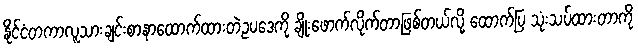
နိုင်ငံတကာလူသားချင်းစာနာထောက်ထားတဲ့ဥပဒေကို ချိုးဖောက်လိုက်တာဖြစ်တယ်လို့ ထောက်ပြ သုံးသပ်ထားတာကို